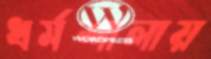
ধর্মশালায়